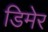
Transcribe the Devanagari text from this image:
डिमेर